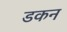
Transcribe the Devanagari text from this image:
डकन